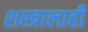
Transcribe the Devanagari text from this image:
शस्त्रालाही